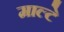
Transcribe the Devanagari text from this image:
माल्टे